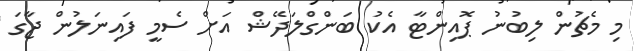
މި މެޗުން ލިބުނު ޕޮއިންޓާ އެކު ބަންގްލަދޭޝް އަށް ސެމީ ފައިނަލުން ޖާގަ